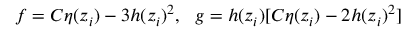
f = C \eta ( z _ { i } ) - 3 h ( z _ { i } ) ^ { 2 } , ~ ~ g = h ( z _ { i } ) [ C \eta ( z _ { i } ) - 2 h ( z _ { i } ) ^ { 2 } ]